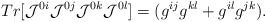
\begin{align*}Tr[{\cal{J}}^{0i} {\cal{J}}^{0j} {\cal{J}}^{0k} {\cal{J}}^{0l}]=(g^{ij}g^{kl}+g^{il}g^{jk}).\end{align*}